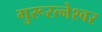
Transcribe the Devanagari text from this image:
गुरूरत्नेश्वर